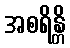
အစရိန္တိ